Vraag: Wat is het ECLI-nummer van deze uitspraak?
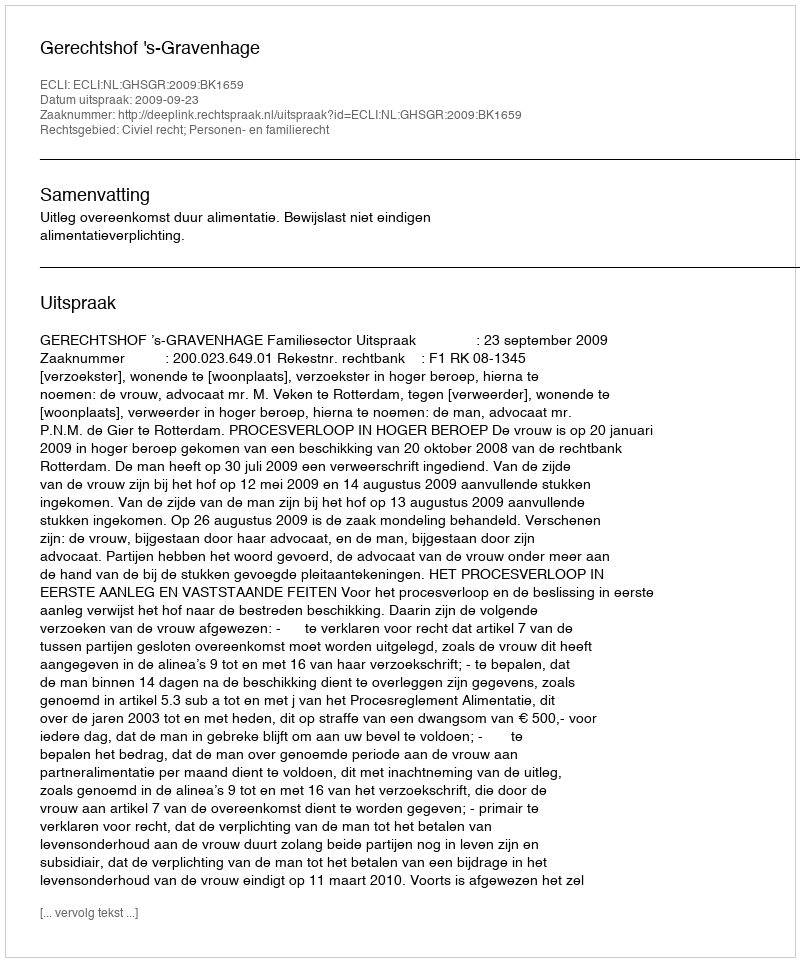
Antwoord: ECLI:NL:GHSGR:2009:BK1659